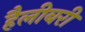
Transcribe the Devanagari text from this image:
हैलीबरी